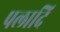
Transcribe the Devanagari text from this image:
पलादि